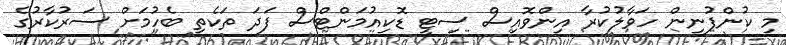
މި ކުންފުނިން ހަވާލުކުރާ އިންވޮއިސް ސިޓީ ޑޮކިއުމަންޓްސް ފަދަ ތަކެތި ބެހުމަށް ސަރުކާރުގެ